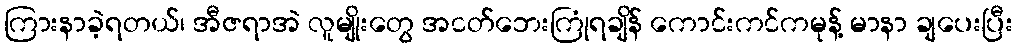
ကြားနာခဲ့ရတယ်၊ အီဇရာအဲ လူမျိုးတွေ အငတ်ဘေးကြုံရချိန် ကောင်းကင်ကမုန့် မာနာ ချပေးပြီး